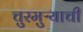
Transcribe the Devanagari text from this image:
चुरमुऱ्याची